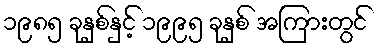
၁၉၈၅ ခုနှစ်နှင့် ၁၉၉၅ ခုနှစ် အကြားတွင်